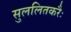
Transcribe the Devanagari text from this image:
सुललितकरैः